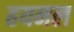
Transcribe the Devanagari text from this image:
हयनल